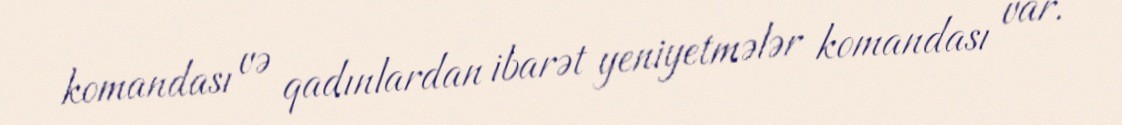
komandası və qadınlardan ibarət yeniyetmələr komandası var.